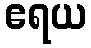
ဧရယ